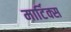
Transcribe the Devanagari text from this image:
मार्टिक्स